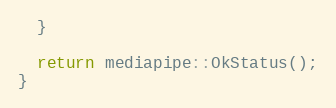
Language: C++
  }

  return mediapipe::OkStatus();
}